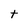
Character: t